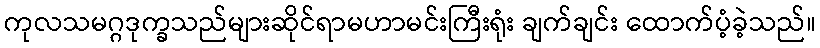
ကုလသမဂ္ဂဒုက္ခသည်များဆိုင်ရာမဟာမင်းကြီးရုံး ချက်ချင်း ထောက်ပံ့ခဲ့သည်။